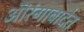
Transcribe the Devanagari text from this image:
ऒरंगाबादेत